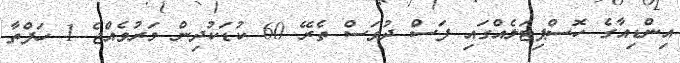
އިންޑިއާގެ ހޮސްޕިޓަލެއްގައި ފަސް ދުވަސް ތެރޭ 60 ކުޑަކުދިން މަރުވެއްޖެ 1 ހަފްތާ